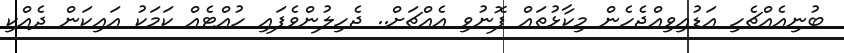
ބުނިއެއްޗެހި އަޑުއިވިއްޖެހެން މިކާޅުތައް ފޮނުވި އެއްޗަށް.. ޖެހިލުންވެފައި ހުއްޓެއް ކަމަކު އައިކަން ދެއްކި